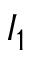
I _ { 1 }